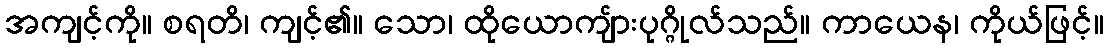
အကျင့်ကို။ စရတိ၊ ကျင့်၏။ သော၊ ထိုယောကျ်ားပုဂ္ဂိုလ်သည်။ ကာယေန၊ ကိုယ်ဖြင့်။